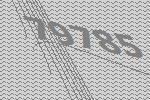
79785